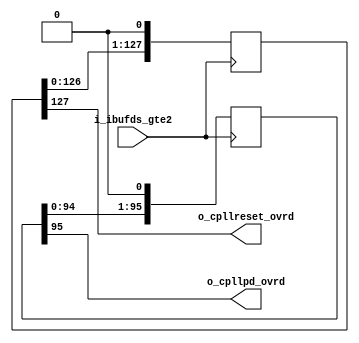
//-----------------------------------------------------------------------------
//
// (c) Copyright 2010-2011 Xilinx, Inc. All rights reserved.
//
// This file contains confidential and proprietary information
// of Xilinx, Inc. and is protected under U.S. and
// international copyright and other intellectual property
// laws.
//
// DISCLAIMER
// This disclaimer is not a license and does not grant any
// rights to the materials distributed herewith. Except as
// otherwise provided in a valid license issued to you by
// Xilinx, and to the maximum extent permitted by applicable
// law: (1) THESE MATERIALS ARE MADE AVAILABLE "AS IS" AND
// WITH ALL FAULTS, AND XILINX HEREBY DISCLAIMS ALL WARRANTIES
// AND CONDITIONS, EXPRESS, IMPLIED, OR STATUTORY, INCLUDING
// BUT NOT LIMITED TO WARRANTIES OF MERCHANTABILITY, NON-
// INFRINGEMENT, OR FITNESS FOR ANY PARTICULAR PURPOSE; and
// (2) Xilinx shall not be liable (whether in contract or tort,
// including negligence, or under any other theory of
// liability) for any loss or damage of any kind or nature
// related to, arising under or in connection with these
// materials, including for any direct, or any indirect,
// special, incidental, or consequential loss or damage
// (including loss of data, profits, goodwill, or any type of
// loss or damage suffered as a result of any action brought
// by a third party) even if such damage or loss was
// reasonably foreseeable or Xilinx had been advised of the
// possibility of the same.
//
// CRITICAL APPLICATIONS
// Xilinx products are not designed or intended to be fail-
// safe, or for use in any application requiring fail-safe
// performance, such as life-support or safety devices or
// systems, Class III medical devices, nuclear facilities,
// applications related to the deployment of airbags, or any
// other applications that could lead to death, personal
// injury, or severe property or environmental damage
// (individually and collectively, "Critical
// Applications"). Customer assumes the sole risk and
// liability of any use of Xilinx products in Critical
// Applications, subject only to applicable laws and
// regulations governing limitations on product liability.
//
// THIS COPYRIGHT NOTICE AND DISCLAIMER MUST BE RETAINED AS
// PART OF THIS FILE AT ALL TIMES.
//
//-----------------------------------------------------------------------------
// Project    : Series-7 Integrated Block for PCI Express
// Version    : 3.3
`timescale 1ns / 1ps
module pcie_7x_0_gtp_cpllpd_ovrd (                                                                                        
    input   i_ibufds_gte2,                                                                                     
    output  o_cpllpd_ovrd,                                                                                     
    output  o_cpllreset_ovrd                                                                                   
    );                                                                                                         
    (* equivalent_register_removal="no" *)  reg [95:0] cpllpd_wait = 96'hFFFFFFFFFFFFFFFFFFFFFFFF;             
    (* equivalent_register_removal="no" *)  reg [127:0] cpllreset_wait = 128'h000000000000000000000000000000FF;
    always @(posedge i_ibufds_gte2)                                                                            
    begin                                                                                                      
        cpllpd_wait <= {cpllpd_wait[94:0], 1'b0};                                                              
        cpllreset_wait <= {cpllreset_wait[126:0], 1'b0};                                                       
    end                                                                                                        
    assign o_cpllpd_ovrd = cpllpd_wait[95];                                                                    
    assign o_cpllreset_ovrd = cpllreset_wait[127];                                                             
endmodule